Civil Veterinary Department Bihar & Orissa reports 1929-36 - 1929-1936
Year: 1929
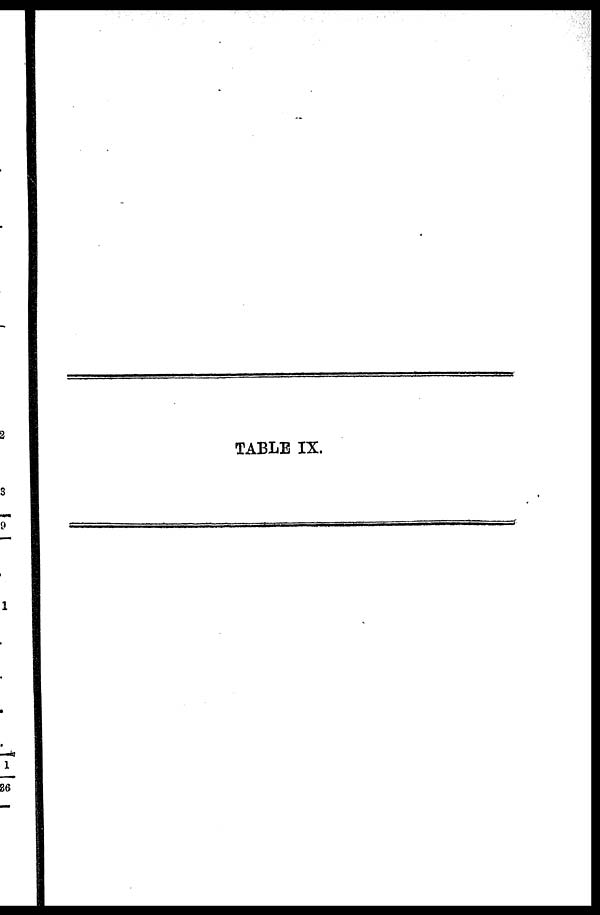
TABLE IX.